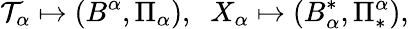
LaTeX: {\cal T}_{\alpha}\mapsto(B^{\alpha},\Pi_{\alpha}),\; \; X_{\alpha}\mapsto(B_{\alpha}^{\ast},\Pi_{\ast}^{\alpha}),